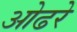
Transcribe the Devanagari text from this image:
ओढरे